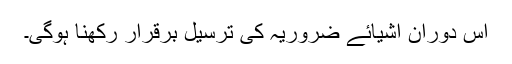
اس دوران اشیائے ضروریہ کی ترسیل برقرار رکھنا ہوگی۔